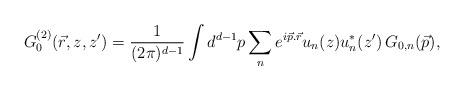
LaTeX: \begin{align*}G_{0}^{(2)}(\vec{r},z,z')=\frac{1}{(2\pi)^{d-1}}\int d^{d-1}p\sum_{n}e^{i\vec{p}.\vec{r}}u_{n}(z)u_{n}^{*}(z')\,G_{0,n}(\vec{p}),\end{align*}